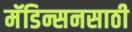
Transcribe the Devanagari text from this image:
मॅडिन्सनसाठी